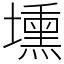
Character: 壎